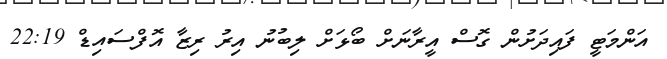
އަންމަޓީ ފައިދަށުން ގޮސް އީރާނަށް ބޯޅަށް ލިބުނު އިރު ރިޒާ އޮފްސައިޑް 22:19